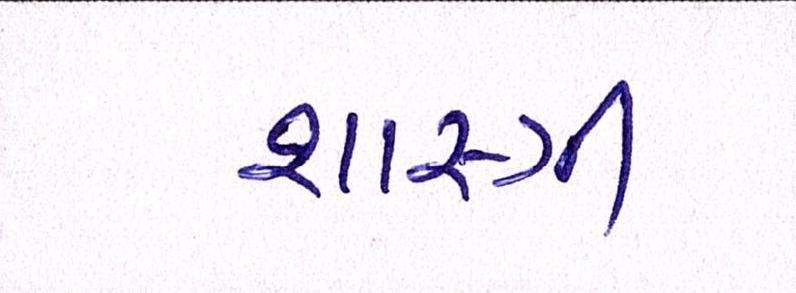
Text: શાસ્ત્રી